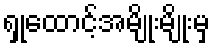
ရှုထောင့်အမျိုးမျိုးမှ